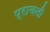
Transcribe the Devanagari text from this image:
प्राचनी